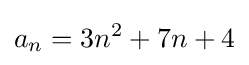
a_{n}=3n^{2}+7n+4